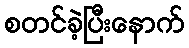
စတင်ခဲ့ပြီးနောက်